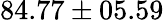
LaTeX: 84.77\pm 05.59